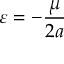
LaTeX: \varepsilon = - { \frac { \mu } { 2 a } }